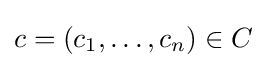
c=(c_{1},\ldots ,c_{n})\in C